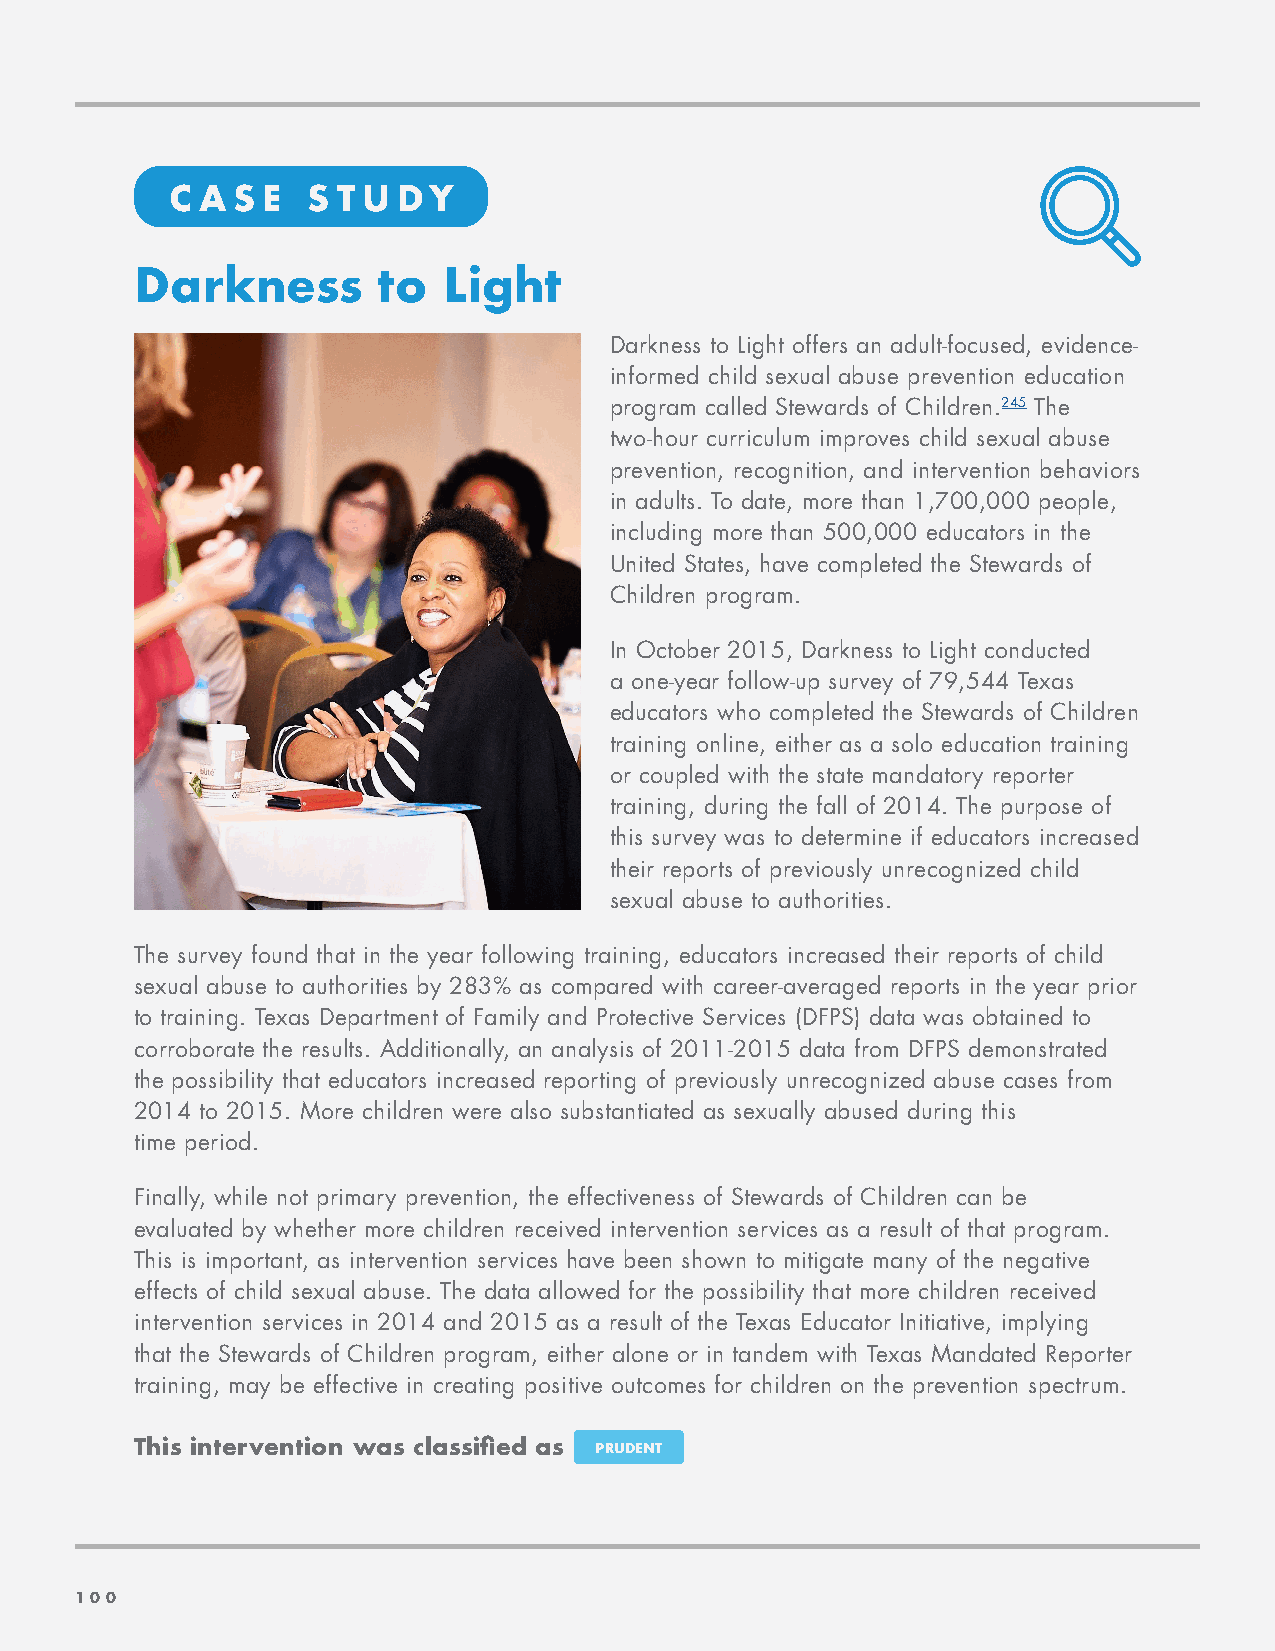
C A S E  S T U DY
 Darkness        to  Light
 Darkness to Light offers an adult-focused, evidence-
 informed child sexual abuse prevention education
 program called Stewards of Children.245 The
 two-hour curriculum improves child sexual abuse
 prevention, recognition, and intervention behaviors
 in adults. To date, more than 1,700,000 people,
 including more than 500,000 educators in the
 United States, have completed the Stewards of
 Children program.
 In October 2015, Darkness to Light conducted
 a one-year follow-up survey of 79,544 Texas
 educators who completed the Stewards of Children
 training online, either as a solo education training
 or coupled with the state mandatory reporter
 training, during the fall of 2014. The purpose of
 this survey was to determine if educators increased
 their reports of previously unrecognized child
 sexual abuse to authorities.
 The survey found that in the year following training, educators increased their reports of child
 sexual abuse to authorities by 283% as compared with career-averaged reports in the year prior
 to training. Texas Department of Family and Protective Services (DFPS) data was obtained to
 corroborate the results. Additionally, an analysis of 2011-2015 data from DFPS demonstrated
 the possibility that educators increased reporting of previously unrecognized abuse cases from
 2014 to 2015. More children were also substantiated as sexually abused during this
 time period.
 Finally, while not primary prevention, the effectiveness of Stewards of Children can be
 evaluated by whether more children received intervention services as a result of that program.
 This is important, as intervention services have been shown to mitigate many of the negative
 effects of child sexual abuse. The data allowed for the possibility that more children received
 intervention services in 2014 and 2015 as a result of the Texas Educator Initiative, implying
 that the Stewards of Children program, either alone or in tandem with Texas Mandated Reporter
 training, may be effective in creating positive outcomes for children on the prevention spectrum.
 This intervention was classified as PRUDENT
 110000